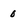
Character: 0